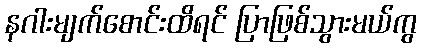
နဂါးမျက်စောင်းထိရင် ပြာဖြစ်သွားမယ်ကွ